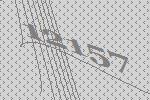
12157